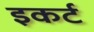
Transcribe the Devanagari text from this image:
इकर्ट